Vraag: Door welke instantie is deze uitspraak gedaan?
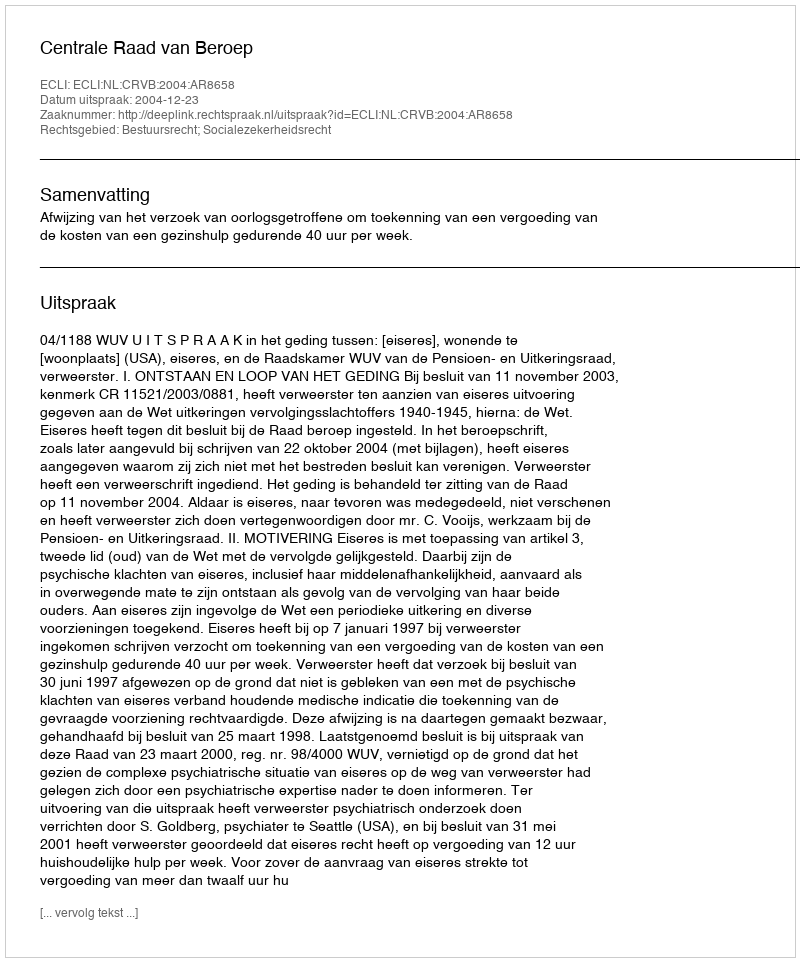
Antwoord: Centrale Raad van Beroep